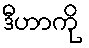
ဒီဟာကို